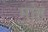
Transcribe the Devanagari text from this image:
मांह